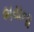
ભયના